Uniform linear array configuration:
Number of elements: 16
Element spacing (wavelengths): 0.75
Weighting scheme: hamming
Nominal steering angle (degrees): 0
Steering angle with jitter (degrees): -0.1368
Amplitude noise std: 0.05
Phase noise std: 0.05

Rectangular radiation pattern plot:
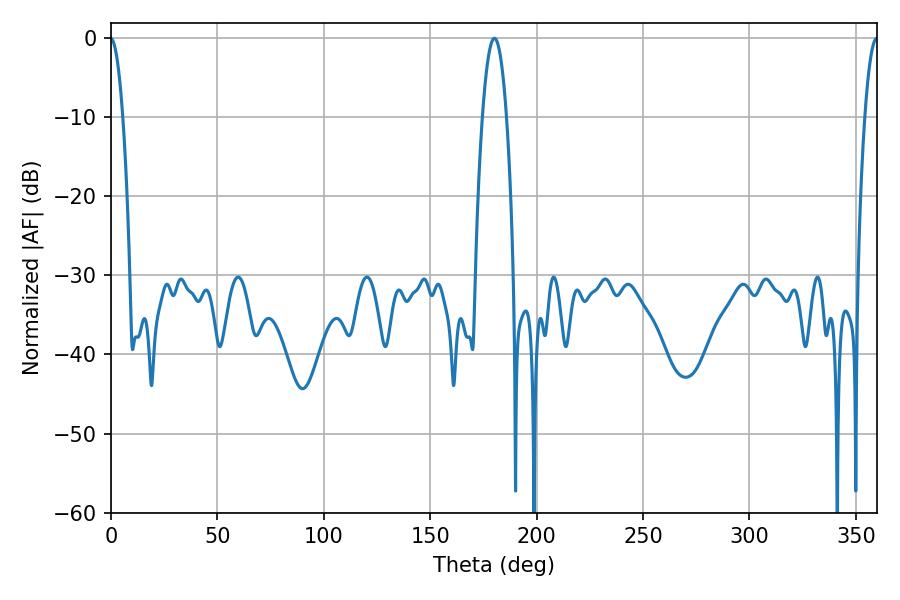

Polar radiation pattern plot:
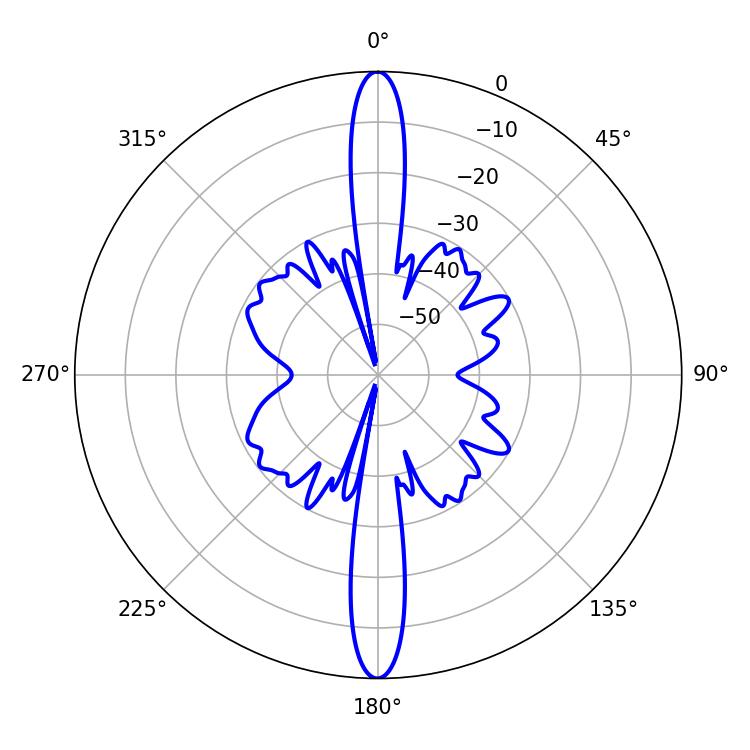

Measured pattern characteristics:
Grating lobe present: TRUE
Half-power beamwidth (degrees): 6.12
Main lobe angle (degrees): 180.18